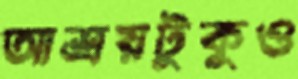
আশ্রয়টুকুও